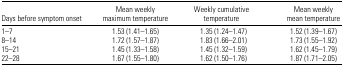
| Days before symptom onset | Mean weekly maximum temperature | Weekly cumulative temperature | Mean weekly mean temperature |
 | --- | --- | --- | --- |
 | 1–7 | 1.53 (1.41–1.65) | 1.35 (1.24–1.47) | 1.52 (1.39–1.67) |
 | 8–14 | 1.72 (1.57–1.87) | 1.83 (1.66–2.01) | 1.73 (1.55–1.92) |
 | 15–21 | 1.45 (1.33–1.58) | 1.45 (1.32–1.59) | 1.62 (1.45–1.79) |
 | 22–28 | 1.67 (1.55–1.80) | 1.62 (1.50–1.76) | 1.87 (1.71–2.05) |